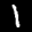
Label: 1